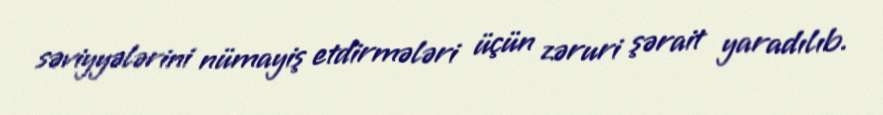
səviyyələrini nümayiş etdirmələri üçün zəruri şərait yaradılıb.